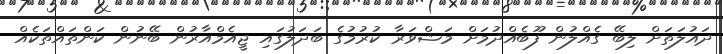
ދައުލަތަށް ލިބޭ ގެއްލުން ފޫބެއްދުމަށް މަޝްވަރާ ކުރުމުގެ ބަދަލުގައި ޖީއެމްއާރުން ބޭނުން ކަންތައްތަކެއް